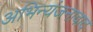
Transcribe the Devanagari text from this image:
अभिन्यंजनावाद